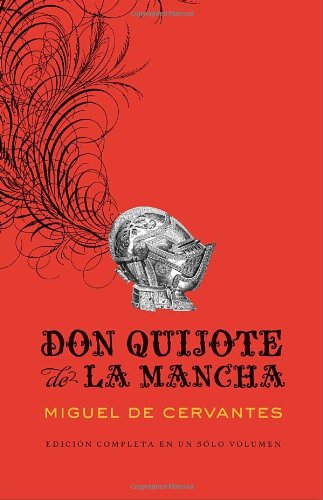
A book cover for Don Quijote de la Mancha (Spanish Edition); Miguel Cervantes; Literature & Fiction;